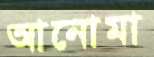
আনোমা